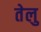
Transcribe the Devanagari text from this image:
तेलु